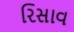
રિસાવ